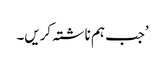
’جب ہم ناشتہ کریں۔